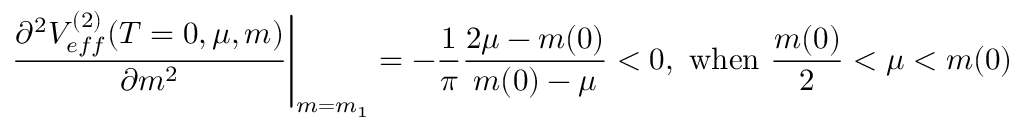
\left. \frac { \partial ^ { 2 } V _ { e f f } ^ { ( 2 ) } ( T = 0 , \mu , m ) } { \partial m ^ { 2 } } \right| _ { m = m _ { 1 } } = - \frac { 1 } { \pi } \frac { 2 \mu - m ( 0 ) } { m ( 0 ) - \mu } < 0 , \ \mathrm { w h e n } \ \frac { m ( 0 ) } { 2 } < \mu < m ( 0 )